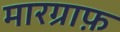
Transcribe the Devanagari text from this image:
मारग्राफ़